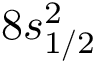
8 s _ { 1 / 2 } ^ { 2 }